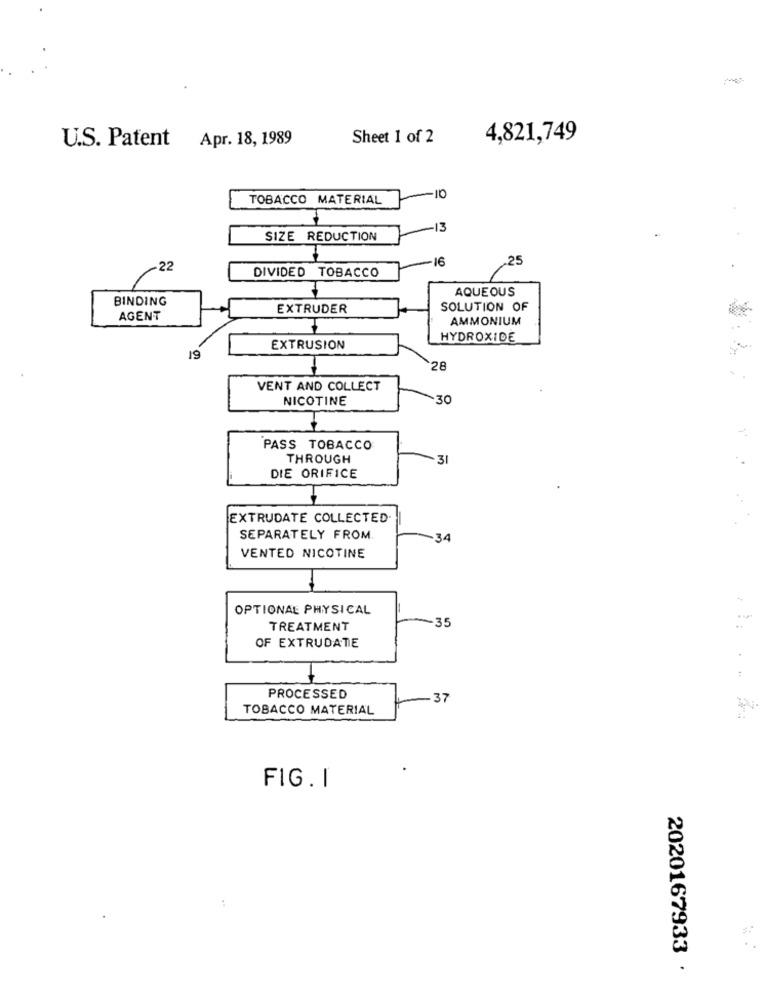
Sheet 1 of 2
4,821,749
U.S. Patent Apr. 18, 1989
TOBACCO MATERIAL
-10
-13
SIZE REDUCTION
-16
.25
22
DIVIDED TOBACCO
AQUEOUS
BINDING
EXTRUDER
SOLUTION OF
AGENT
AMMONIUM
HYDROXIDE
EXTRUSION
19
28
VENT AND COLLECT
NICOTINE
30
PASS TOBACCO
THROUGH
31
DIE ORIFICE
EXTRUDATE COLLECTED
SEPARATELY FROM.
34
VENTED NICOTINE
OPTIONAL PHYSICAL
35
TREATMENT
OF EXTRUDATE
PROCESSED
37
TOBACCO MATERIAL
FIG. I
:
2020167933 ·